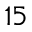
1 5